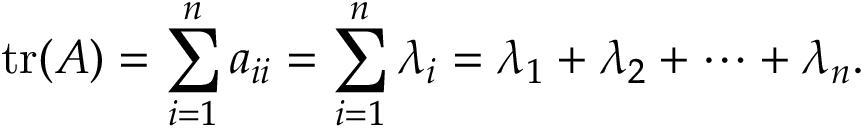
\operatorname { t r } ( A ) = \sum _ { i = 1 } ^ { n } a _ { i i } = \sum _ { i = 1 } ^ { n } \lambda _ { i } = \lambda _ { 1 } + \lambda _ { 2 } + \cdots + \lambda _ { n } .